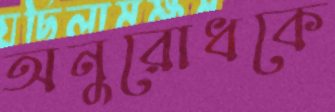
অনুরোধকে